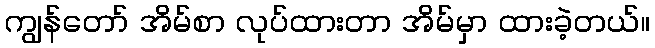
ကျွန်တော် အိမ်စာ လုပ်ထားတာ အိမ်မှာ ထားခဲ့တယ်။